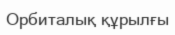
Орбиталық құрылғы